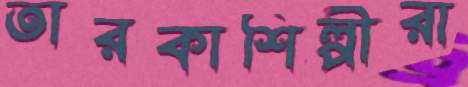
তারকাশিল্পীরা